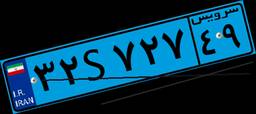
۳۲S۷۲۷۴۹